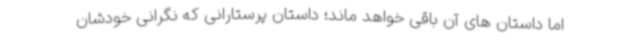
اما داستان های آن باقی خواهد ماند؛ داستان پرستارانی که نگرانی خودشان